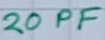
Text: 20PF